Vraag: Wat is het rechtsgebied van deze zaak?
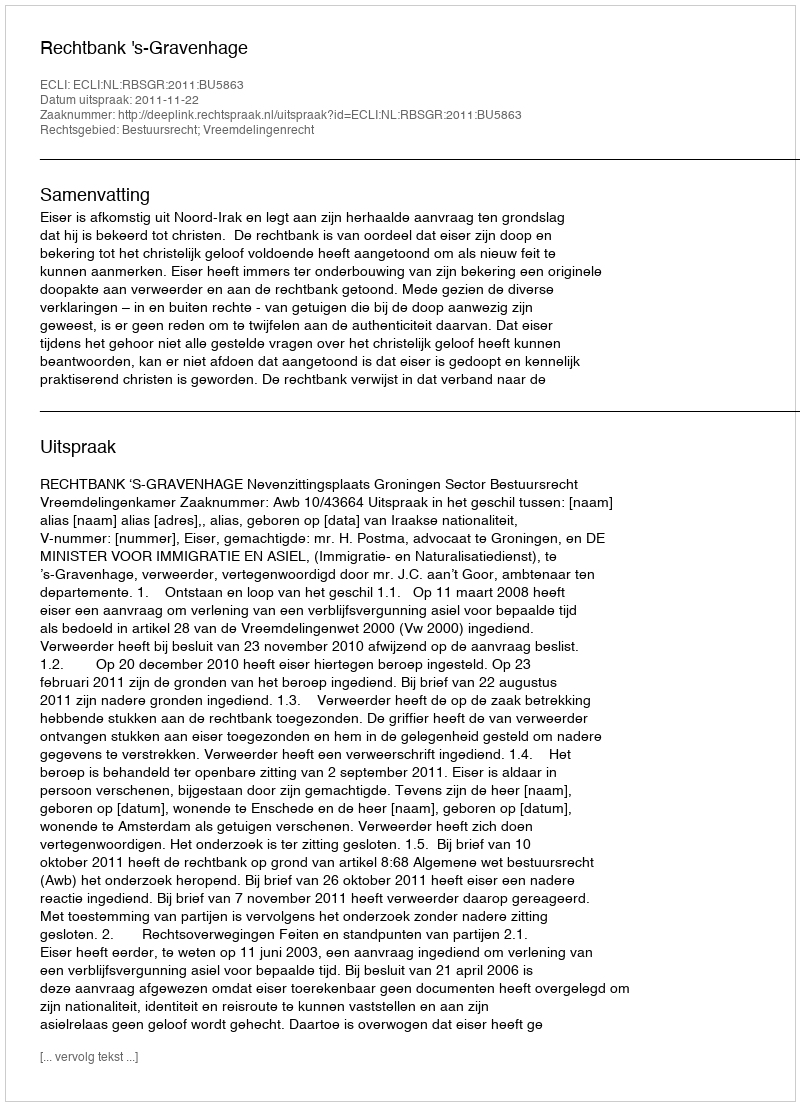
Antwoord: Bestuursrecht; Vreemdelingenrecht